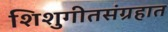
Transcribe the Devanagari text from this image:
शिशुगीतसंग्रहात